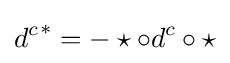
{d^{c}}^{*}=-\star \circ d^{c}\circ \star